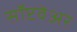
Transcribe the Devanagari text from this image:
सॉप्टवेअर